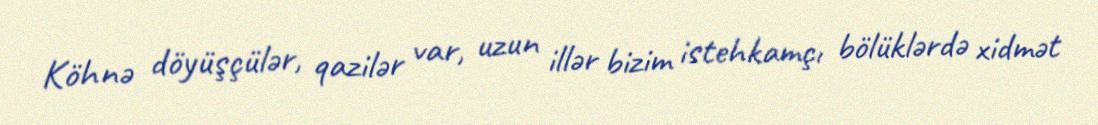
Köhnə döyüşçülər, qazilər var, uzun illər bizim istehkamçı bölüklərdə xidmət